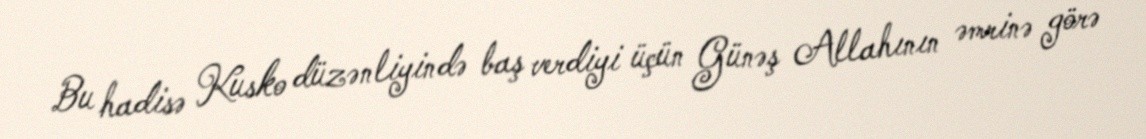
Bu hadisə Kusko düzənliyində baş verdiyi üçün Günəş Allahının əmrinə görə